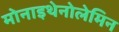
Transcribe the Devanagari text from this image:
मोनाइथेनोलेमिन